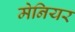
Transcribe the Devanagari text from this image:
मेनियर